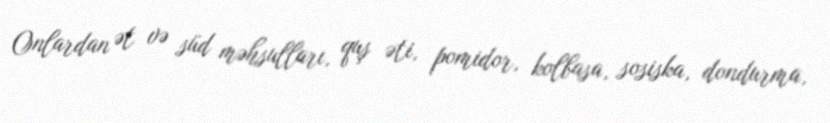
Onlardan ət və süd məhsulları, quş əti, pomidor, kolbasa, sosiska, dondurma,